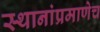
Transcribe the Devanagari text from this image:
स्थानांप्रमाणेच